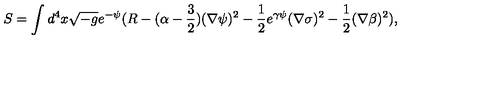
S = \int d ^ { 4 } x \sqrt { - g } e ^ { - \psi } ( R - ( \alpha - \frac { 3 } { 2 } ) ( \nabla \psi ) ^ { 2 } - \frac { 1 } { 2 } e ^ { \gamma \psi } ( \nabla \sigma ) ^ { 2 } - \frac { 1 } { 2 } ( \nabla \beta ) ^ { 2 } ) ,